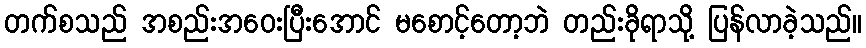
တက်စသည် အစည်းအဝေးပြီးအောင် မစောင့်တော့ဘဲ တည်းခိုရာသို့ ပြန်လာခဲ့သည်။